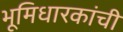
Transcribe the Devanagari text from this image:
भूमिधारकांची